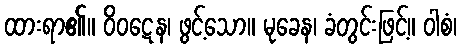
ထားရာ၏။ ဝိဝဋေန၊ ဖွင့်သော။ မုခေန၊ ခံတွင်းဖြင့်။ ဝါစံ၊